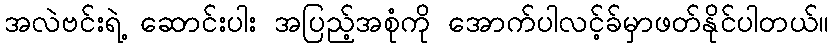
အလဲဗင်းရဲ့ ဆောင်းပါး အပြည့်အစုံကို အောက်ပါလင့်ခ်မှာဖတ်နိုင်ပါတယ်။